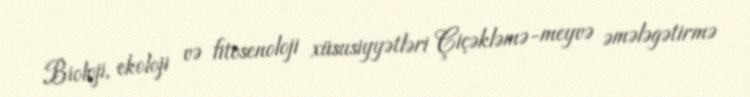
Bioloji, ekoloji və fitosenoloji xüsusiyyətləri Çiçəkləmə-meyvə əmələgətirmə